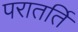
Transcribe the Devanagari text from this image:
परातर्ति